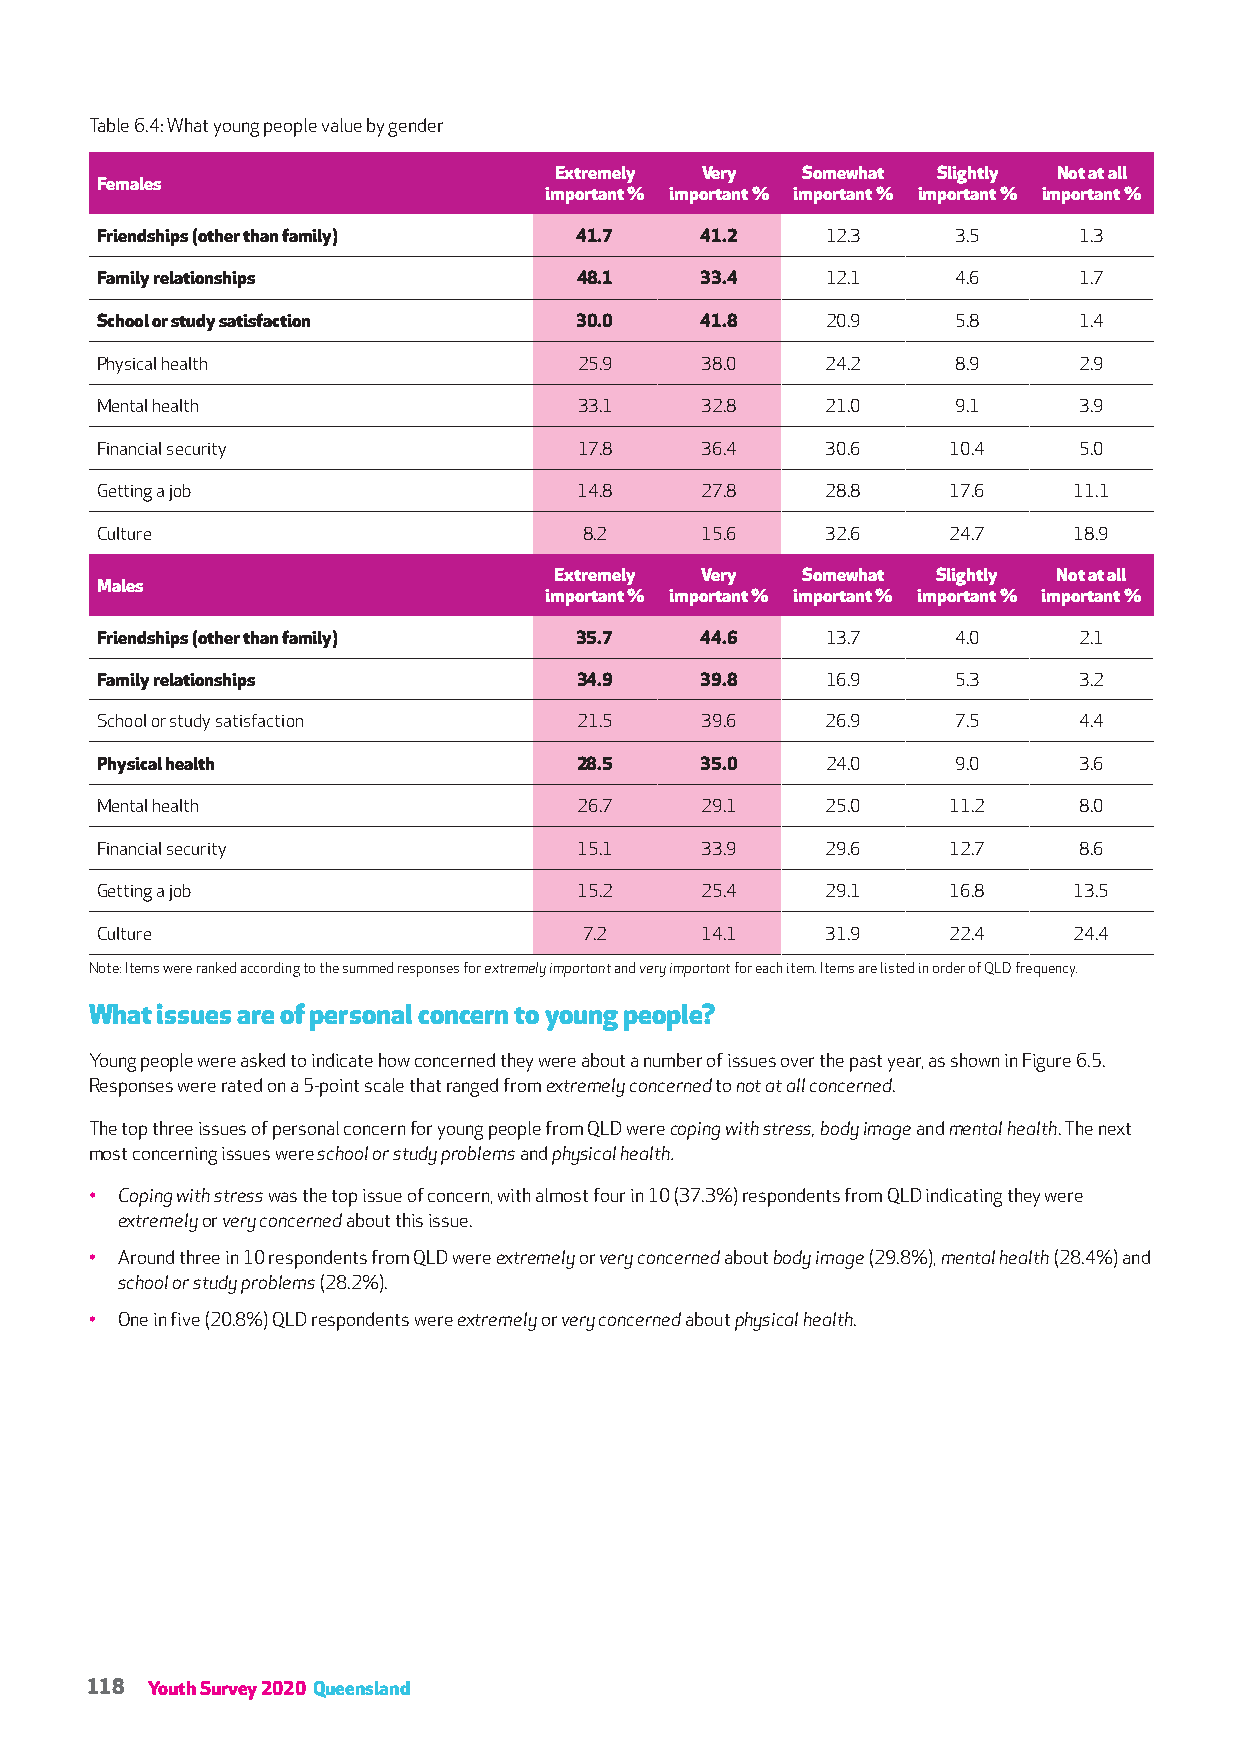
Table 6.4: What young people value by gender
 Extremely Very  Somewhat Slightly Not at all
 Females
 important % important % important % important % important %
 Friendships (other than family) 41.7    41.2     12.3    3.5     1.3
 Family relationships            48.1    33.4     12.1    4.6     1.7
 School or study satisfaction    30.0    41.8     20.9    5.8     1.4
 Physical health                 25.9    38.0     24.2    8.9     2.9
 Mental health                   33.1    32.8     21.0    9.1     3.9
 Financial security              17.8    36.4     30.6    10.4    5.0
 Getting a job                   14.8    27.8     28.8    17.6    11.1
 Culture                          8.2    15.6     32.6    24.7    18.9
 Extremely Very  Somewhat Slightly Not at all
 Males
 important % important % important % important % important %
 Friendships (other than family) 35.7    44.6     13.7    4.0     2.1
 Family relationships            34.9    39.8     16.9    5.3     3.2
 School or study satisfaction    21.5    39.6     26.9    7.5     4.4
 Physical health                 28.5    35.0     24.0    9.0     3.6
 Mental health                   26.7    29.1     25.0    11.2    8.0
 Financial security              15.1    33.9     29.6    12.7    8.6
 Getting a job                   15.2    25.4     29.1    16.8    13.5
 Culture                          7.2    14.1     31.9    22.4    24.4
 Note: Items were ranked according to the summed responses for extremely important and very important for each item. Items are listed in order of QLD frequency.
 What issues are of personal concern to young people?
 Young people were asked to indicate how concerned they were about a number of issues over the past year, as shown in Figure 6.5.
 Responses were rated on a 5-point scale that ranged from extremely concerned to not at all concerned.
 The top three issues of personal concern for young people from QLD were coping with stress, body image and mental health. The next
 most concerning issues were school or study problems and physical health.
 • Coping with stress was the top issue of concern, with almost four in 10 (37.3%) respondents from QLD indicating they were
 extremely or very concerned about this issue.
 • Around three in 10 respondents from QLD were extremely or very concerned about body image (29.8%), mental health (28.4%) and
 school or study problems (28.2%).
 • One in five (20.8%) QLD respondents were extremely or very concerned about physical health.
 118 Youth Survey 2020 Queensland